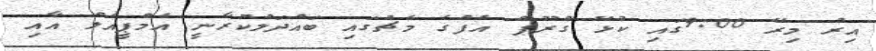
އިރު މިރޭ 9:00ގައި ކުޅޭ ގްރޫޕް އެފްގެ މެޗުގައި ބައްދަލުކުރާނީ އެމްޕީއެލް އާއި